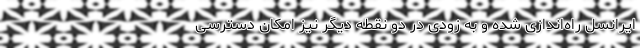
ایرانسل راه‌اندازی شده و به زودی در دو نقطه دیگر نیز امکان دسترسی